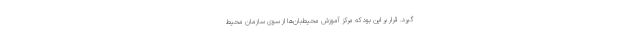
‌گیرد. قرار بر این بود که مرکز آموزش محیط‌بان‌ها از سوی سازمان محیط